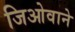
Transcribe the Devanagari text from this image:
जिओवाने